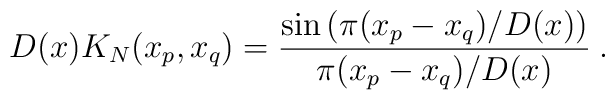
D(x)K_N(x_p,x_q)=\frac{\sin\left(\pi(x_p-x_q)/D(x)\right)}  {\pi(x_p-x_q)/D(x)} \:.